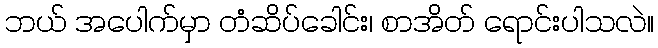
ဘယ် အပေါက်မှာ တံဆိပ်ခေါင်း၊ စာအိတ် ရောင်းပါသလဲ။